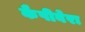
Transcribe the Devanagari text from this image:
कैपीबेरा